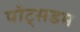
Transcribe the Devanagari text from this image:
पॉट्सडम